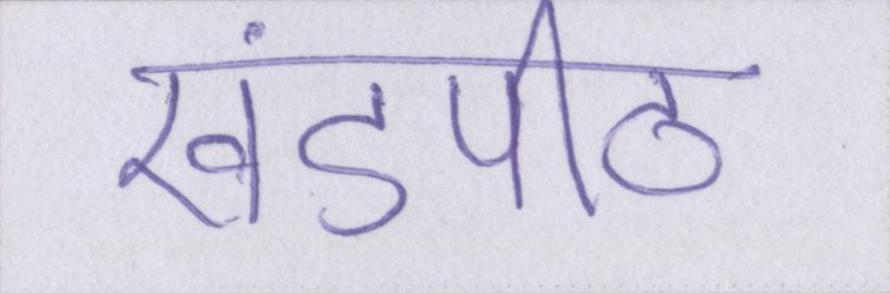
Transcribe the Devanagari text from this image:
खंडपीठ